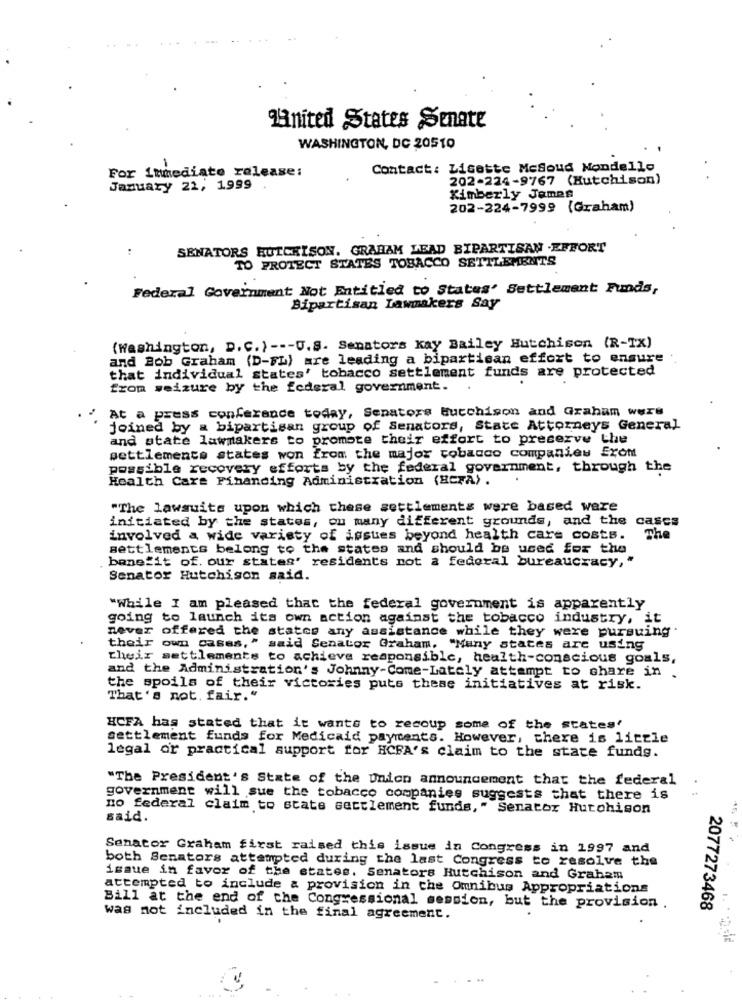
Hanited States Senate
WASHINGTON, DC 20510
-
Contact: Lisette McSoud Mondello
For immediate release:
202-224-9767 (Hutchison)
January 22, 1999
Kimberly James
202-224-7999 (Graham)
SENATORS HUTCHISON. GRAHAM LEAD BIPARTISAN .EFFORT
TO PROTECT STATES TOBACCO SETTLEMENTS
Federal Government Not Entitled to States' Settlement Funds,
Bipartisan Lawmakers Say
(Washington, D. C.) --- U.S. Senators kay Bailey Hutchison (R-TX)
and Bob Graham (D-FL) are leading a bipartisan effort to ensure
that individual states' tobacco settlement funds are protected
from seizure by the federal government.
/ At a press conference today, Senators Bucchison and Graham were
joined by a bipartisan group of Senators, State Attorneys General
and state lawmakers to promote their effort to preserve the
settlements states won from the major tobacco companies Eront
possible recovery efforts by the federal government, through the
Health Care Financing Administration (HCFA) .
"The lawsuits upon which these settlements were based ware
initiated by the states, on many different grounds, and the
cascs
involved a wide variety of issues beyond health care costs.
The
settlements belong to the states and should be used for the
benefit of. our states' residents not a federal bureaucracy, "
Senator Hutchison said.
"While I am pleased that the federal government is apparently
going to launch its own action against the tobacco industry, it
never offered the states any assistance while they were pursuing.
their own cases," said Senator Graham, "Many states are using
their settlements to achieve responsible, health-conscious goals,
and the Administration's Johnny-Come-Lately attempt to share in.
the spoils of their victories puts these initiatives at risk.
That's not. fair."
HCFA has stated that it wants to recoup some of the states'
settlement funds for Medicaid payments. However, there is little
legal or practical support for HCFA's claim to the state fundg.
"The President's State of the Union announcement that the federal
government will sue the tobacco companies suggests that there is
no federal claim to state settlement funds," Senator Hutchison
said.
Senator Graham first raised this issue in Congress in 1997 and
both Senators attempted during the last Congress to resolve the
issue in favor of the states. Senators Hutchison and Graham
attempted to include a provision in che Omnibus Appropriations
Bill at the end of the Congressional session, but the provision .
2077273468
was not included in the final agreement.